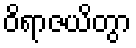
ဝိရာဇယိတွာ